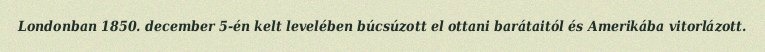
Londonban 1850. december 5-én kelt levelében búcsúzott el ottani barátaitól és Amerikába vitorlázott.